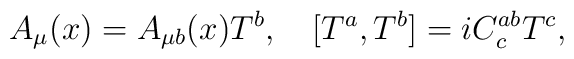
A_\mu(x) = A_{\mu b}(x) T^b, \quad [T^a,T^b] = i C^{ab}_c T^c,